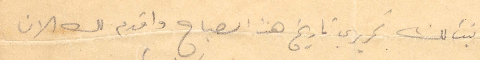
اثبت لك تحريرك تاريخ هذا الصباح واقدم لك الان